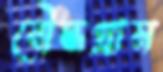
বৌদ্ধগ্রাম